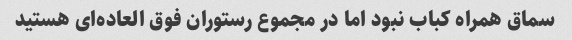
سماق همراه کباب نبود اما در مجموع رستوران فوق العاده‌ای هستید